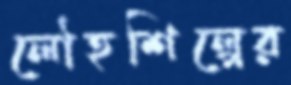
লৌহশিল্পের